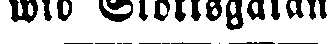
wid Slottsgatan.